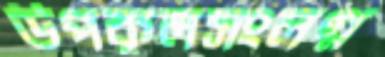
উপকূলসংলগ্ন